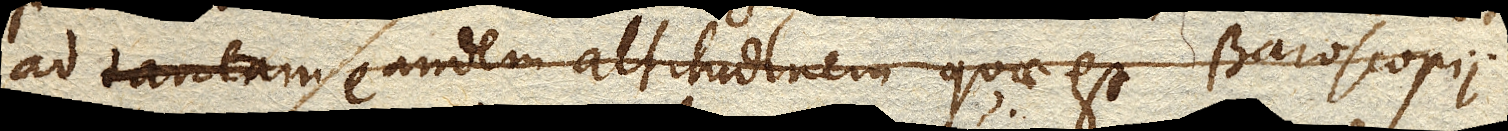
ad tantam eandem altitudinem quae est Baroscopii: